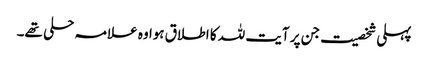
پہلی شخصیت جن پر آیت للہ کا اطلاق ہوا وہ علامہ حلی تھے۔